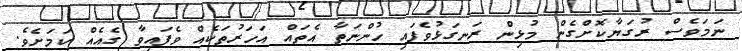
ނަމަވެސް ރުގަޔާކޮށްގެން މުޅިން ރަނގަޅުވެފައި ހުންނަތާ އެތައް އަހަރުތަކެެއް ވެފައިވާ ގެއެެއް ކަމަށެވެ.